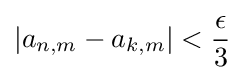
\left|a_{n,m}-a_{k,m}\right|<{\frac {\epsilon }{3}}